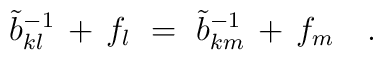
\tilde{b}_{kl}^{-1} \, + \, f_l~=~\tilde{b}_{km}^{-1} \, + \, f_m~~~.